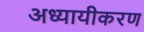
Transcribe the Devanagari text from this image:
अध्यायीकरण